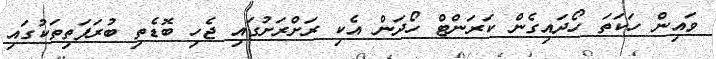
ވައިން ހަކަތަ ހޯދައިގެން ކަރަންޓް ހޯދަން އެކި ރަށްރަށުގައި ޖެހި ބޮޑެތި ބުރަފަތިތަކުގައި